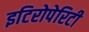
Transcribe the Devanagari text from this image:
इटिरोपेरिटी